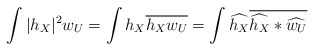
\begin{align*} \int|h_X|^2w_U&=\int h_X \overline{h_Xw_U}=\int \widehat{h_X}\overline{\widehat{h_X}*\widehat{w_U}}\end{align*}